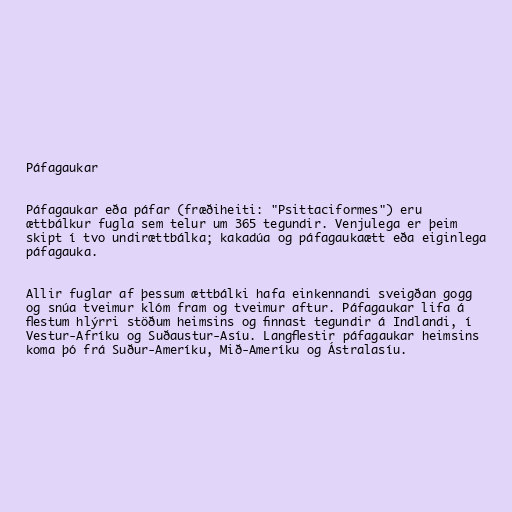
Páfagaukar

Páfagaukar eða páfar (fræðiheiti: "Psittaciformes") eru
ættbálkur fugla sem telur um 365 tegundir. Venjulega er þeim
skipt í tvo undirættbálka; kakadúa og páfagaukaætt eða eiginlega
páfagauka.

Allir fuglar af þessum ættbálki hafa einkennandi sveigðan gogg
og snúa tveimur klóm fram og tveimur aftur. Páfagaukar lifa á
flestum hlýrri stöðum heimsins og finnast tegundir á Indlandi, í
Vestur-Afríku og Suðaustur-Asíu. Langflestir páfagaukar heimsins
koma þó frá Suður-Ameríku, Mið-Ameríku og Ástralasíu.